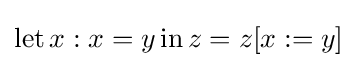
\operatorname {let} x:x=y\operatorname {in} z=z[x:=y]